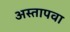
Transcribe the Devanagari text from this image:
अस्तापवा